Vaccination in Burma 1912-1922 - 1912-1922
Year: 1912
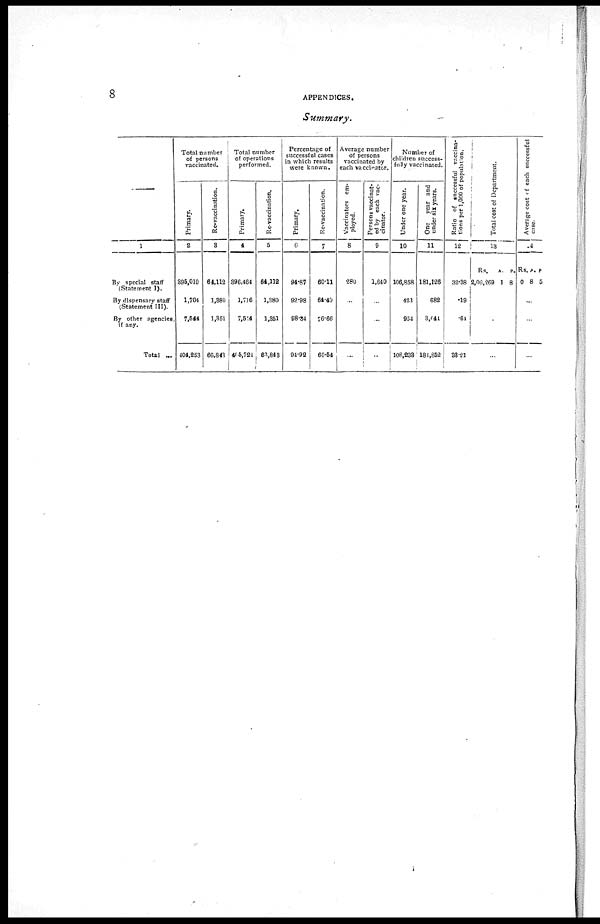
8
APPENDICES.
Summary.
—
1
By special staff
(Statement I).
By dispensary staff
(Statement III).
By other agencies,
if any.
Total ...
Total number
of persons
vaccinated.
Primary.
2
395,010
1,704
7,544
404,253
Re-vaccination.
3
64,112
1,380
1,351
66,843
Total number
of operations
performed.
Primary.
4
396,464
1,716
7,514
406,724
Re-vaccination.
5
64,112
1,380
1,851
65,848
Percentage of
successful cases
in which results
were known.
Primary.
6
94.87
92.98
98.34
94.92
Re-vaccination.
7
60.11
64.40
76.66
60.64
Average number
of persons
vaccinated by
each vaccinator.
Vaccinators em-
ployed.
8
280
...
...
...
Persons vaccinat-
ed by each vac-
cinator.
9
1,640
...
...
...
Number of
children success-
fully vaccinated.
Under one year.
10
106,858
421
954
108,238
One year and
under six years.
11
181,126
682
3,041
184,852
Ratio of successful vaccina-
tions per 1,000 of population.
12
32.38
.19
.64
38.21
Total cost of Department.
13
Rs.
2,06,269
A.
1
P.
8
...
...
...
Average cost of each successful
case.
14
Rs
0
A.
8
P
5
...
...
...